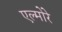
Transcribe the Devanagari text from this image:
एल्मोरे